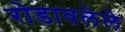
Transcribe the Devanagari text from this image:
रोडावलेले